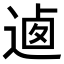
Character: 𨔁